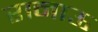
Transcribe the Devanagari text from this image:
रानाऊ